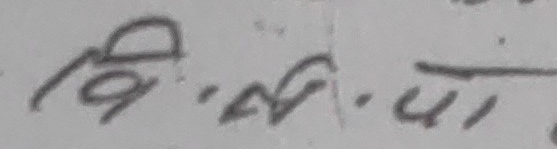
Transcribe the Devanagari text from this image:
वि. ज्ञ. पा.